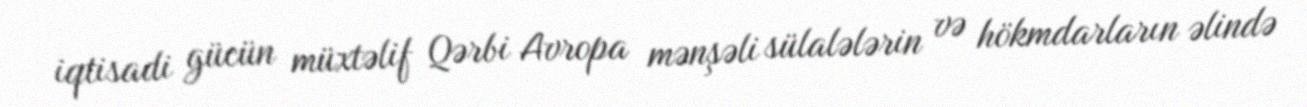
iqtisadi gücün müxtəlif Qərbi Avropa mənşəli sülalələrin və hökmdarların əlində